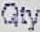
QTY